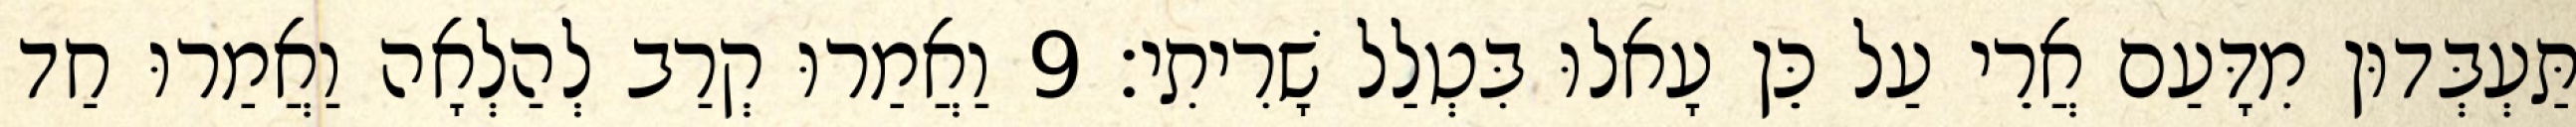
תַּעְבְּדוּן מִדָּעַם אֲרֵי עַל כֵּן עָאלוּ בִּטְלַל שָׁרִיתִי׃ 9 וַאֲמַרוּ קְרַב לְהַלְאָה וַאֲמַרוּ חַד